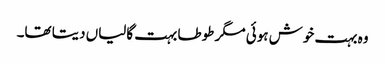
وہ بہت خوش ہوئی مگر طوطا بہت گالیاں دیتا تھا۔